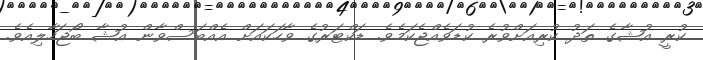
ކުރީ އުޝާގެ ތަދު ކުރިއަށްވުރެ ކުޑަވެއްޖެކަމެވެ. ޑަކްޓަރުގެ ވާހަކައަށް އެއްބަސްވާން އުޝާ ބޯޖަހާލިއެވެ.